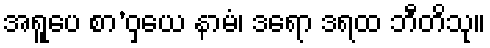
အရူပေ စာ’ဝှယေ နာမံ၊ ဒရော ဒရထ ဘီတိသု။